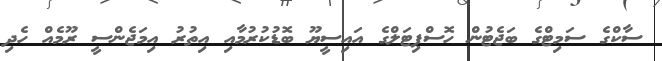
ސާކްގެ ސަމިޓްގެ ބަޖެޓުން ހޮސްޕިޓަލްގެ އައިސީޔޫ ބޮޑުކުރުމާއި އިތުރު އިމަޖެންސީ ރޫމެއް ހެދި